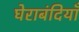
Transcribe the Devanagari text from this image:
घेराबंदियाँ